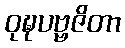
ဝုဍ္ဎပဗ္ဗဇိတာ